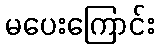
မပေးကြောင်း